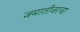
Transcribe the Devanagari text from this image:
जमातीवरचा